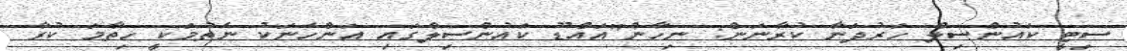
ސިޓީ ކައުންސިލް ހަރުދަނާ ކުރާނަން: ނިހާން"އައްޑޫ ކައުންސިލްގައި އަންހެނަކު ނެތުމަކީ ހިތާމަ ކުރާ